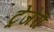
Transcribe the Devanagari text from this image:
ट्रेजेरी